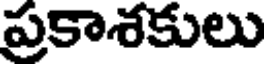
ప్రకాశకులు